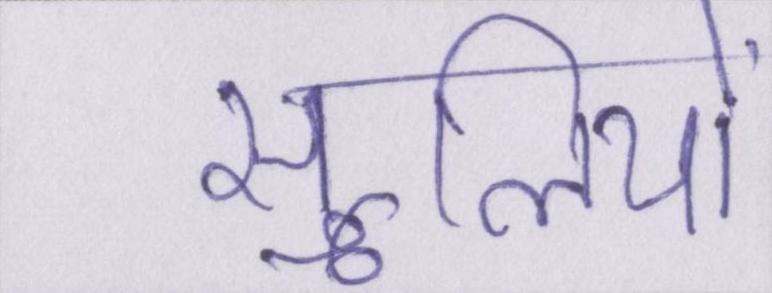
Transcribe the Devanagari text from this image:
सूलियों